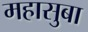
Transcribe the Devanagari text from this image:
महासुबा